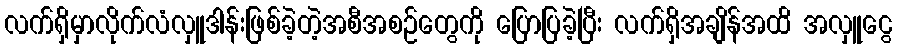
လက်ရှိမှာလိုက်လံလှူဒါန်းဖြစ်ခဲ့တဲ့အစီအစဉ်တွေကို ပြောပြခဲ့ပြီး လက်ရှိအချိန်အထိ အလှူငွေ